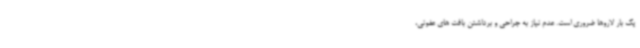
یک بار لاروها ضروری است. عدم نیاز به جراحی و برداشتن بافت های عفونی،